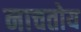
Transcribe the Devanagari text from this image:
नाचतोय